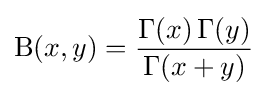
\mathrm {B} (x,y)={\frac {\Gamma (x)\,\Gamma (y)}{\Gamma (x+y)}}